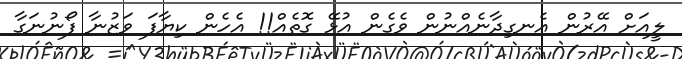
ލީއަށް އޭރުން އެނގިދާނެއްނުން ވެގެން އުޅޭ ގޮތެއް!! އެހެން ކިޔާފަ ވަޒުނާ ފޯނުނަގާ